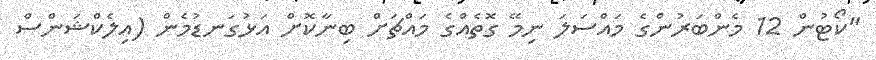
"ކޯޓުން 12 މެންބަރުންގެ މައްސަލަ ނިމޭ ގޮތެއްގެ މައްޗަށް ބިނާކޮށް އަޅުގަނޑުމެން (އިލެކްޝަންސް